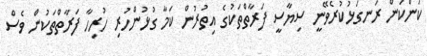
ކަންކަން ރަނގަޅުކުރެވޭނީ ސިޔާސީ ފަރާތްތަކުގެ އިތުރުން ކަމާ ގުޅުންހުރި ހުރިހާ ފަރާތްތަކުން ވެސް